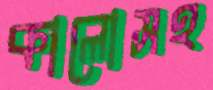
কালোসহ